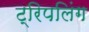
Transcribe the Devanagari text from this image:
ट्रिपलिंग